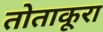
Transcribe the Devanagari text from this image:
तोताकूरा